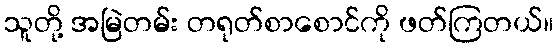
သူတို့ အမြဲတမ်း တရုတ်စာစောင်ကို ဖတ်ကြတယ်။